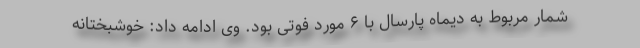
شمار مربوط به دیماه پارسال با ۶ مورد فوتی بود. وی ادامه داد: خوشبختانه